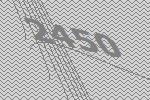
2450